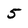
Character: 5